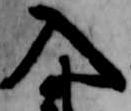
入